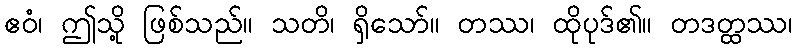
ဧဝံ၊ ဤသို့ ဖြစ်သည်။ သတိ၊ ရှိသော်။ တဿ၊ ထိုပုဒ်၏။ တဒတ္ထဿ၊